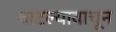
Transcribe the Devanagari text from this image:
वाटल्यावाचून